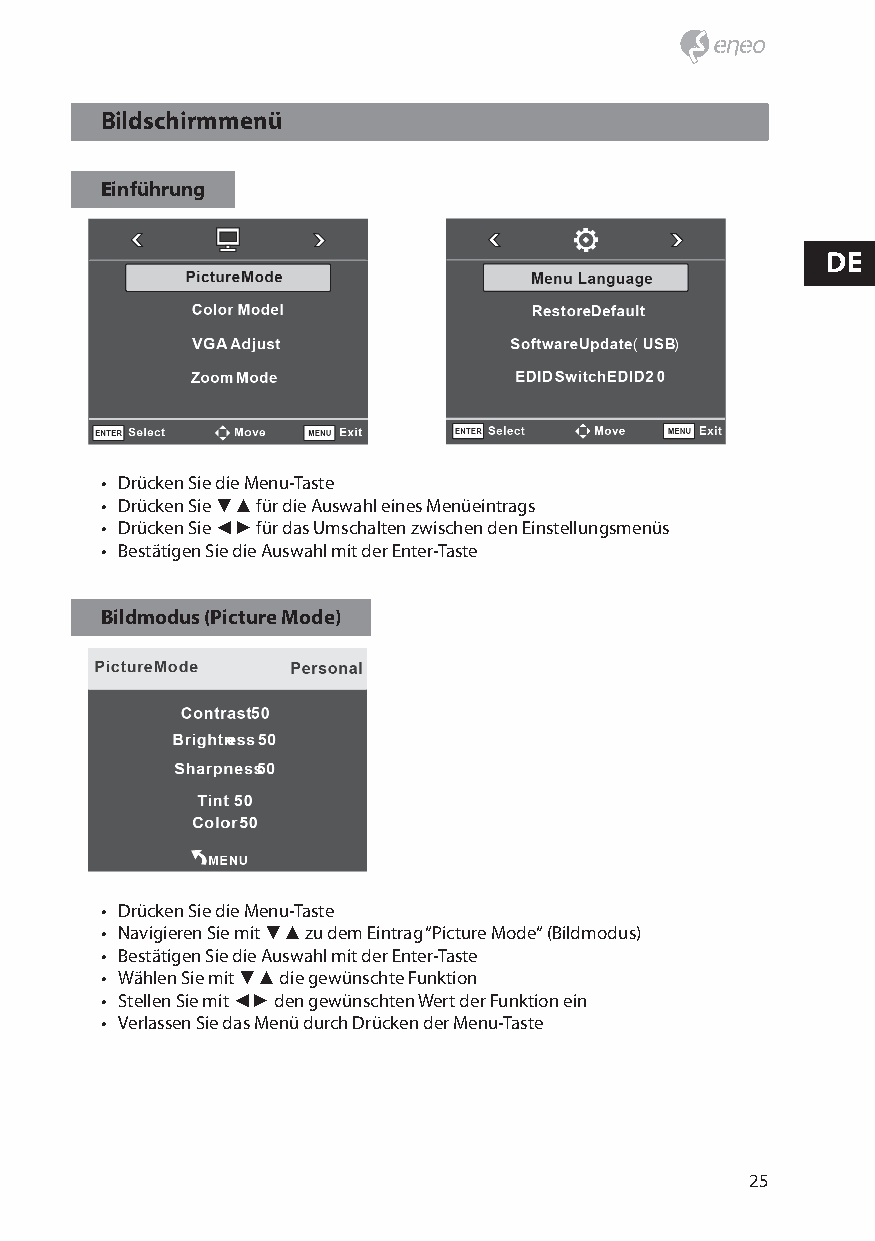
Bildschirmmenü
 Einführung
 DE
 • Drücken Sie die Menu-Taste
 • Drücken Sie ▼▲ für die Auswahl eines Menüeintrags
 • Drücken Sie ◄► für das Umschalten zwischen den Einstellungsmenüs
 • Bestätigen Sie die Auswahl mit der Enter-Taste
 Bildmodus (Picture Mode)
 • Drücken Sie die Menu-Taste
 • Navigieren Sie mit ▼▲ zu dem Eintrag “Picture Mode“ (Bildmodus)
 • Bestätigen Sie die Auswahl mit der Enter-Taste
 • Wählen Sie mit ▼▲ die gewünschte Funktion
 • Stellen Sie mit ◄► den gewünschten Wert der Funktion ein
 • Verlassen Sie das Menü durch Drücken der Menu-Taste
 25